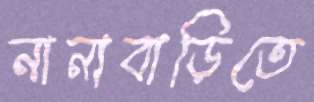
নানাবাড়িতে